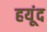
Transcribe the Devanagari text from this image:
हयूंद